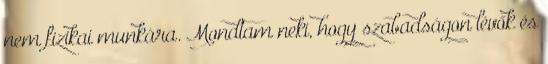
nem fizikai munkára. Mondtam neki, hogy szabadságon lévők és